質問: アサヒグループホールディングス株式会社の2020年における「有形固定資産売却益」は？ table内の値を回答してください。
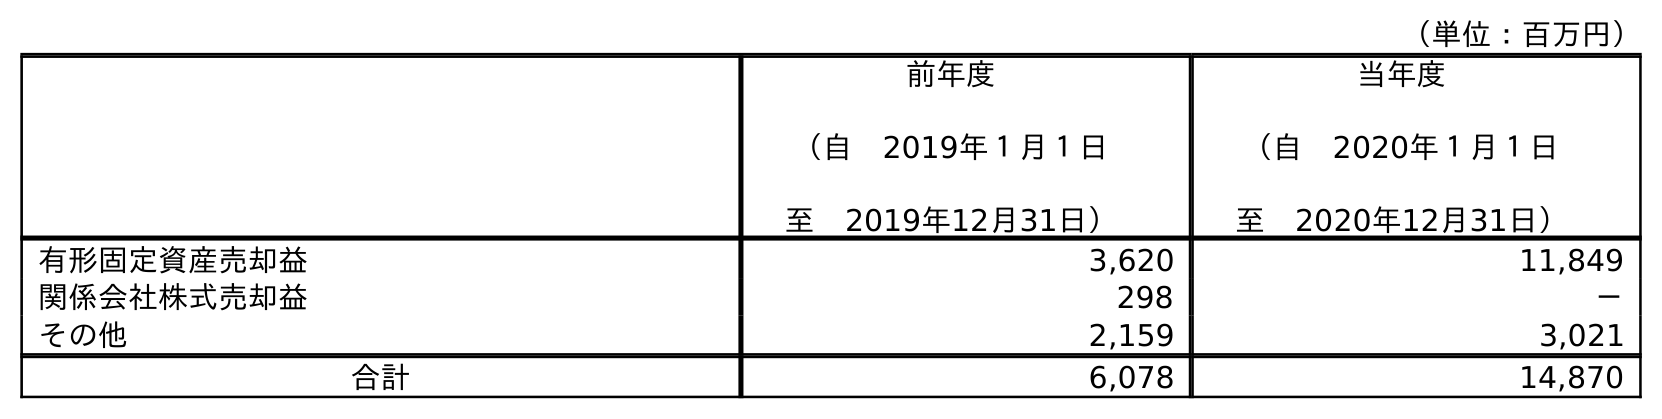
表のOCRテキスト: （単位：百万円） 前年度 （自 2019年１月１日 至 2019年12月31日） 当年度 （自 2020年１月１日 至 2020年12月31日） 有形固定資産売却益 3,620 11,849 関係会社株式売却益 298 － その他 2,159 3,021 合計 6,078 14,870
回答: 11,849